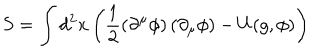
S = \int d ^ { 2 } x \left( \frac { 1 } { 2 } \left( \partial ^ { \mu } \phi \right) \left( \partial _ { \mu } \phi \right) - U ( g , \phi ) \right)